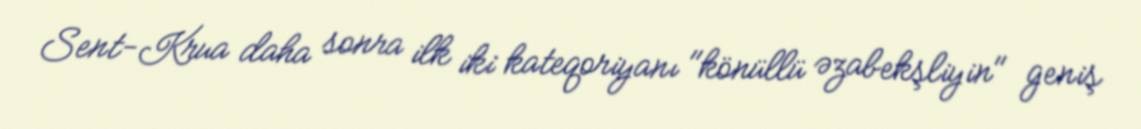
Sent-Krua daha sonra ilk iki kateqoriyanı "könüllü əzabekşliyin" geniş